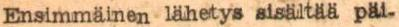
Ensimmäinen lähetys sisältää päi-